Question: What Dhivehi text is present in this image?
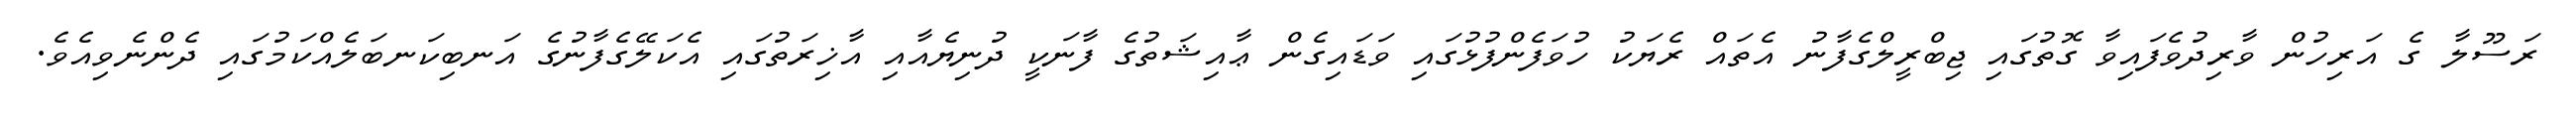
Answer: ރަސޫލާ ގެ އަރިހުން ވާރިދުވެފައިވާ ގޮތުގައި ޖިބްރީލްގެފާނު އެތައް ރެޔަކު ހުވަފެންފުޅުގައި ވަޑައިގެން ޢާއިޝަތުގެ ފާނަކީ ދުނިޔެއާއި އާޚިރަތުގައި އެކަލޭގެފާނުގެ އަނބިކަނބަލެއްކަމުގައި ދެންނެވިއެވެ.